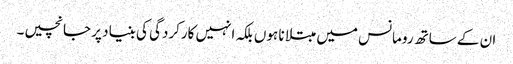
ان کے ساتھ رومانس میں مبتلا نا ہوں بلکہ انہیں کارکردگی کی بنیاد پر جانچیں۔